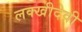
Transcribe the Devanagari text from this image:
लक्खीदेवी